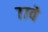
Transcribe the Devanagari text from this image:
७७वे